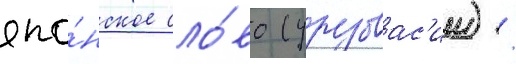
япо́нское сло́во (урувас'ии) /